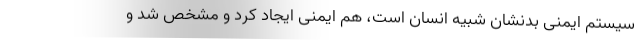
سیستم ایمنی بدنشان شبیه انسان است، هم ایمنی ایجاد کرد و مشخص شد و